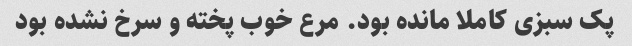
پک سبزی کاملا مانده بود. مرع خوب پخته و سرخ نشده بود